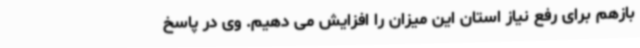
بازهم برای رفع نیاز استان این میزان را افزایش می دهیم. وی در پاسخ